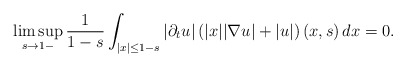
\begin{align*}\limsup_{s\to 1-}\frac{1}{1-s}\int_{|x|\leq 1-s}|\partial_tu|\left(|x||\nabla u|+|u|\right)(x,s)\,dx=0.\end{align*}